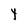
Character: Y